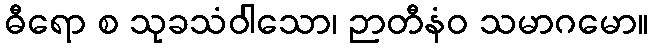
ဓီရော စ သုခသံဝါသော၊ ဉာတီနံဝ သမာဂမော။